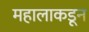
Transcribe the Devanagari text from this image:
महालाकडून